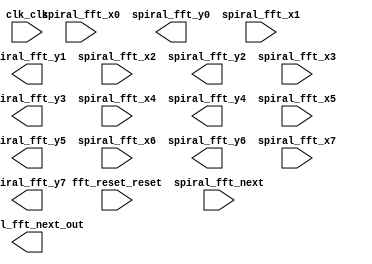

module spiral_fft_4096_unscaled_stream_32bit (
	clk_clk,
	fft_reset_reset,
	spiral_fft_next,
	spiral_fft_next_out,
	spiral_fft_x0,
	spiral_fft_y0,
	spiral_fft_x1,
	spiral_fft_y1,
	spiral_fft_x2,
	spiral_fft_y2,
	spiral_fft_x3,
	spiral_fft_y3,
	spiral_fft_x4,
	spiral_fft_y4,
	spiral_fft_x5,
	spiral_fft_y5,
	spiral_fft_x6,
	spiral_fft_y6,
	spiral_fft_x7,
	spiral_fft_y7);	

	input		clk_clk;
	input		fft_reset_reset;
	input		spiral_fft_next;
	output		spiral_fft_next_out;
	input	[31:0]	spiral_fft_x0;
	output	[31:0]	spiral_fft_y0;
	input	[31:0]	spiral_fft_x1;
	output	[31:0]	spiral_fft_y1;
	input	[31:0]	spiral_fft_x2;
	output	[31:0]	spiral_fft_y2;
	input	[31:0]	spiral_fft_x3;
	output	[31:0]	spiral_fft_y3;
	input	[31:0]	spiral_fft_x4;
	output	[31:0]	spiral_fft_y4;
	input	[31:0]	spiral_fft_x5;
	output	[31:0]	spiral_fft_y5;
	input	[31:0]	spiral_fft_x6;
	output	[31:0]	spiral_fft_y6;
	input	[31:0]	spiral_fft_x7;
	output	[31:0]	spiral_fft_y7;
endmodule